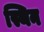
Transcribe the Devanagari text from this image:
स्थिन